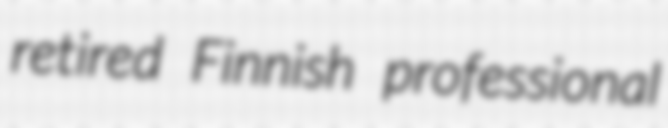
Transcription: retired Finnish professional